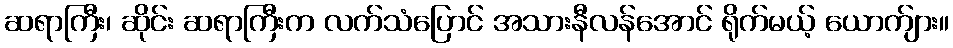
ဆရာကြီး၊ ဆိုင်း ဆရာကြီးက လက်သံပြောင် အသားနီလန်အောင် ရိုက်မယ့် ယောက်ျား။